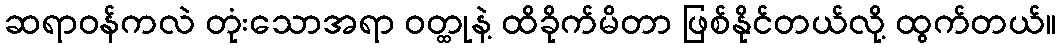
ဆရာဝန်ကလဲ တုံးသောအရာ ဝတ္ထုနဲ့ ထိခိုက်မိတာ ဖြစ်နိုင်တယ်လို့ ထွက်တယ်။